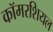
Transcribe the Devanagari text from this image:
कॉमरशियल